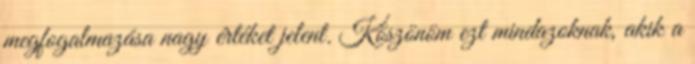
megfogalmazása nagy értéket jelent. Köszönöm ezt mindazoknak, akik a